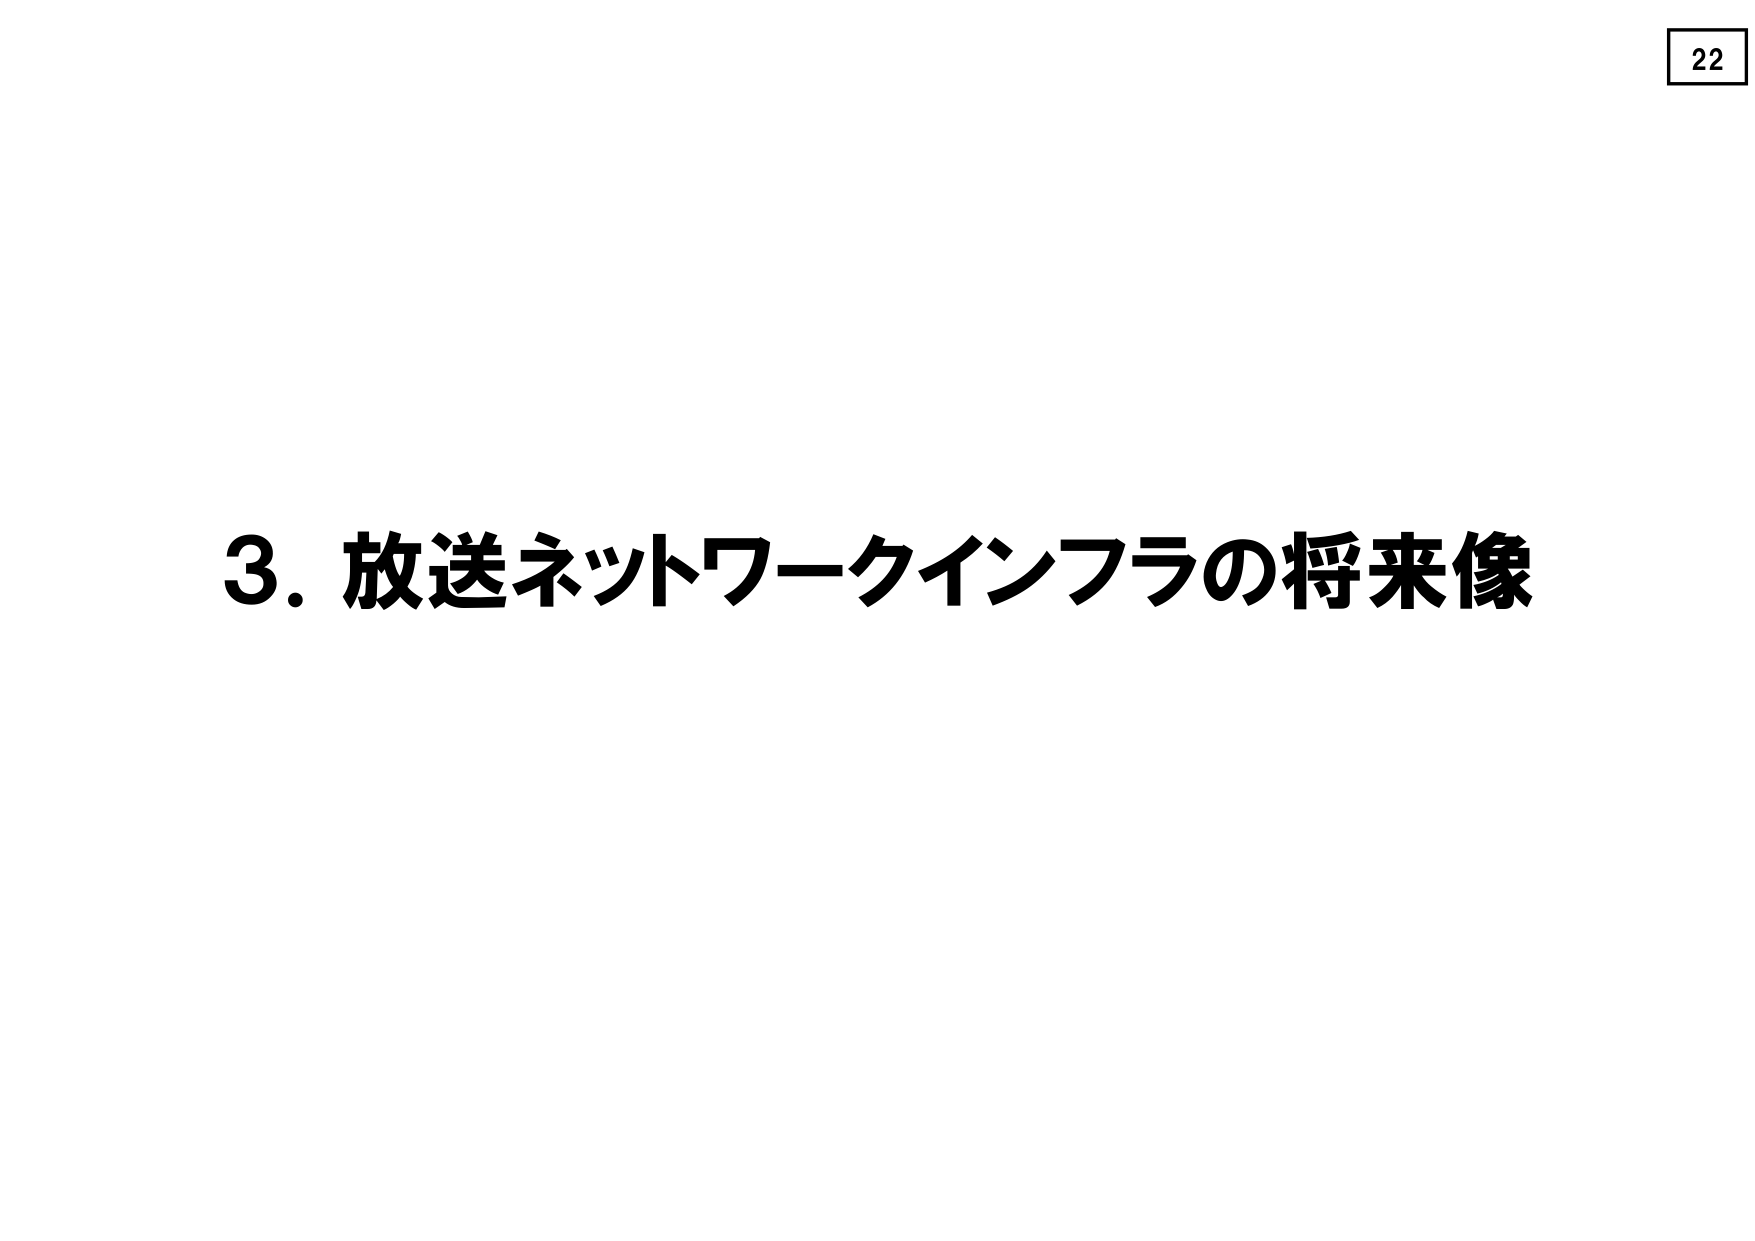
3. 放送ネットワークインフラの将来像
22